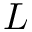
L